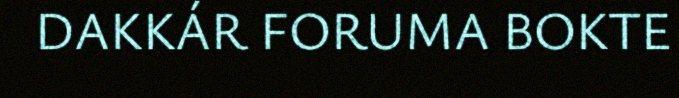
DAKKÁR FORUMA BOKTE